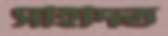
সাহাদত